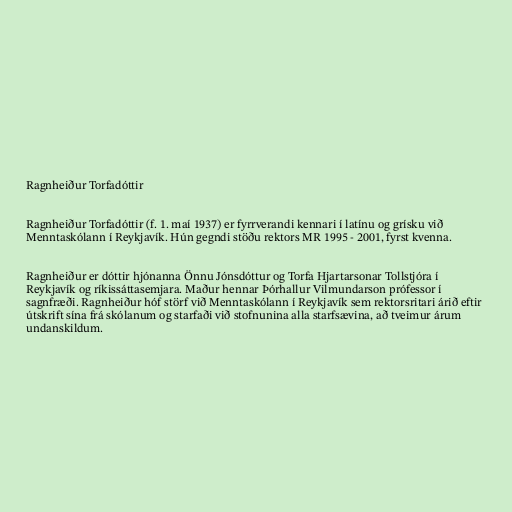
Ragnheiður Torfadóttir

Ragnheiður Torfadóttir (f. 1. maí 1937) er fyrrverandi kennari í latínu og grísku við
Menntaskólann í Reykjavík. Hún gegndi stöðu rektors MR 1995 - 2001, fyrst kvenna.

Ragnheiður er dóttir hjónanna Önnu Jónsdóttur og Torfa Hjartarsonar Tollstjóra í
Reykjavík og ríkissáttasemjara. Maður hennar Þórhallur Vilmundarson prófessor í
sagnfræði. Ragnheiður hóf störf við Menntaskólann í Reykjavík sem rektorsritari árið eftir
útskrift sína frá skólanum og starfaði við stofnunina alla starfsævina, að tveimur árum
undanskildum.